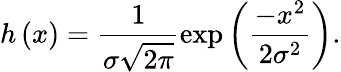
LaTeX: h\left(x\right)=\frac{1}{\sigma\sqrt{2\pi}}\exp\left(\frac{-x^{2}}{2\sigma^{2}}\right).